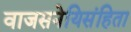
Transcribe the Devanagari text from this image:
वाजसनेयिसंहिता